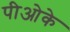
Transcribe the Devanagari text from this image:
पीओके